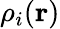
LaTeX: \mathbf{\rho}_{i}(\mathbf{r})